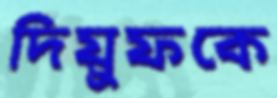
দিয়ুফকে